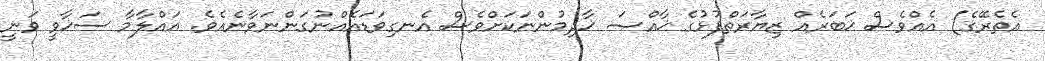
އެތެރޭގެ) އެއްވެސް ޚަބަރެއް ޒިޔާރަތްފުޅުގެ ޚާއްޞަ ޚާދިމުންނަކަށްވެސް އެނގިވަޑައެއްނުގަންނަވާނެއެވެ. އައްލާމާ ސަޚާވީ ވަނީ